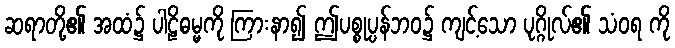
ဆရာတို့၏ အထံ၌ ပါဠိဓမ္မကို ကြားနာ၍ ဤပစ္စုပ္ပန်ဘဝ၌ ကျင့်သော ပုဂ္ဂိုလ်၏ သံဝရ ကို